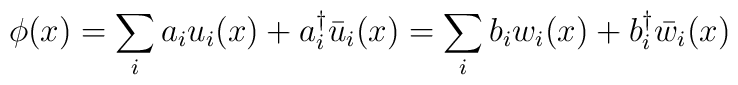
\phi(x)=\sum_{i}a_{i}u_{i}(x)+a_{i}^{\dagger}\bar{u}_{i}(x)=\sum_{i}b_{i}w_{i}(x)+b_{i}^{\dagger}\bar{w}_{i}(x)